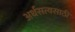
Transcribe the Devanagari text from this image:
अर्धसत्यसाठी